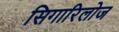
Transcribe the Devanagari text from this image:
सिगारिलोज